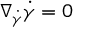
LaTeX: \nabla _ { \dot { \gamma } } { \dot { \gamma } } = 0